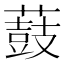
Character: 薣